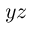
y z